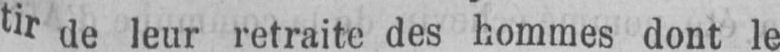
tir de leur retraite des hommes dont le